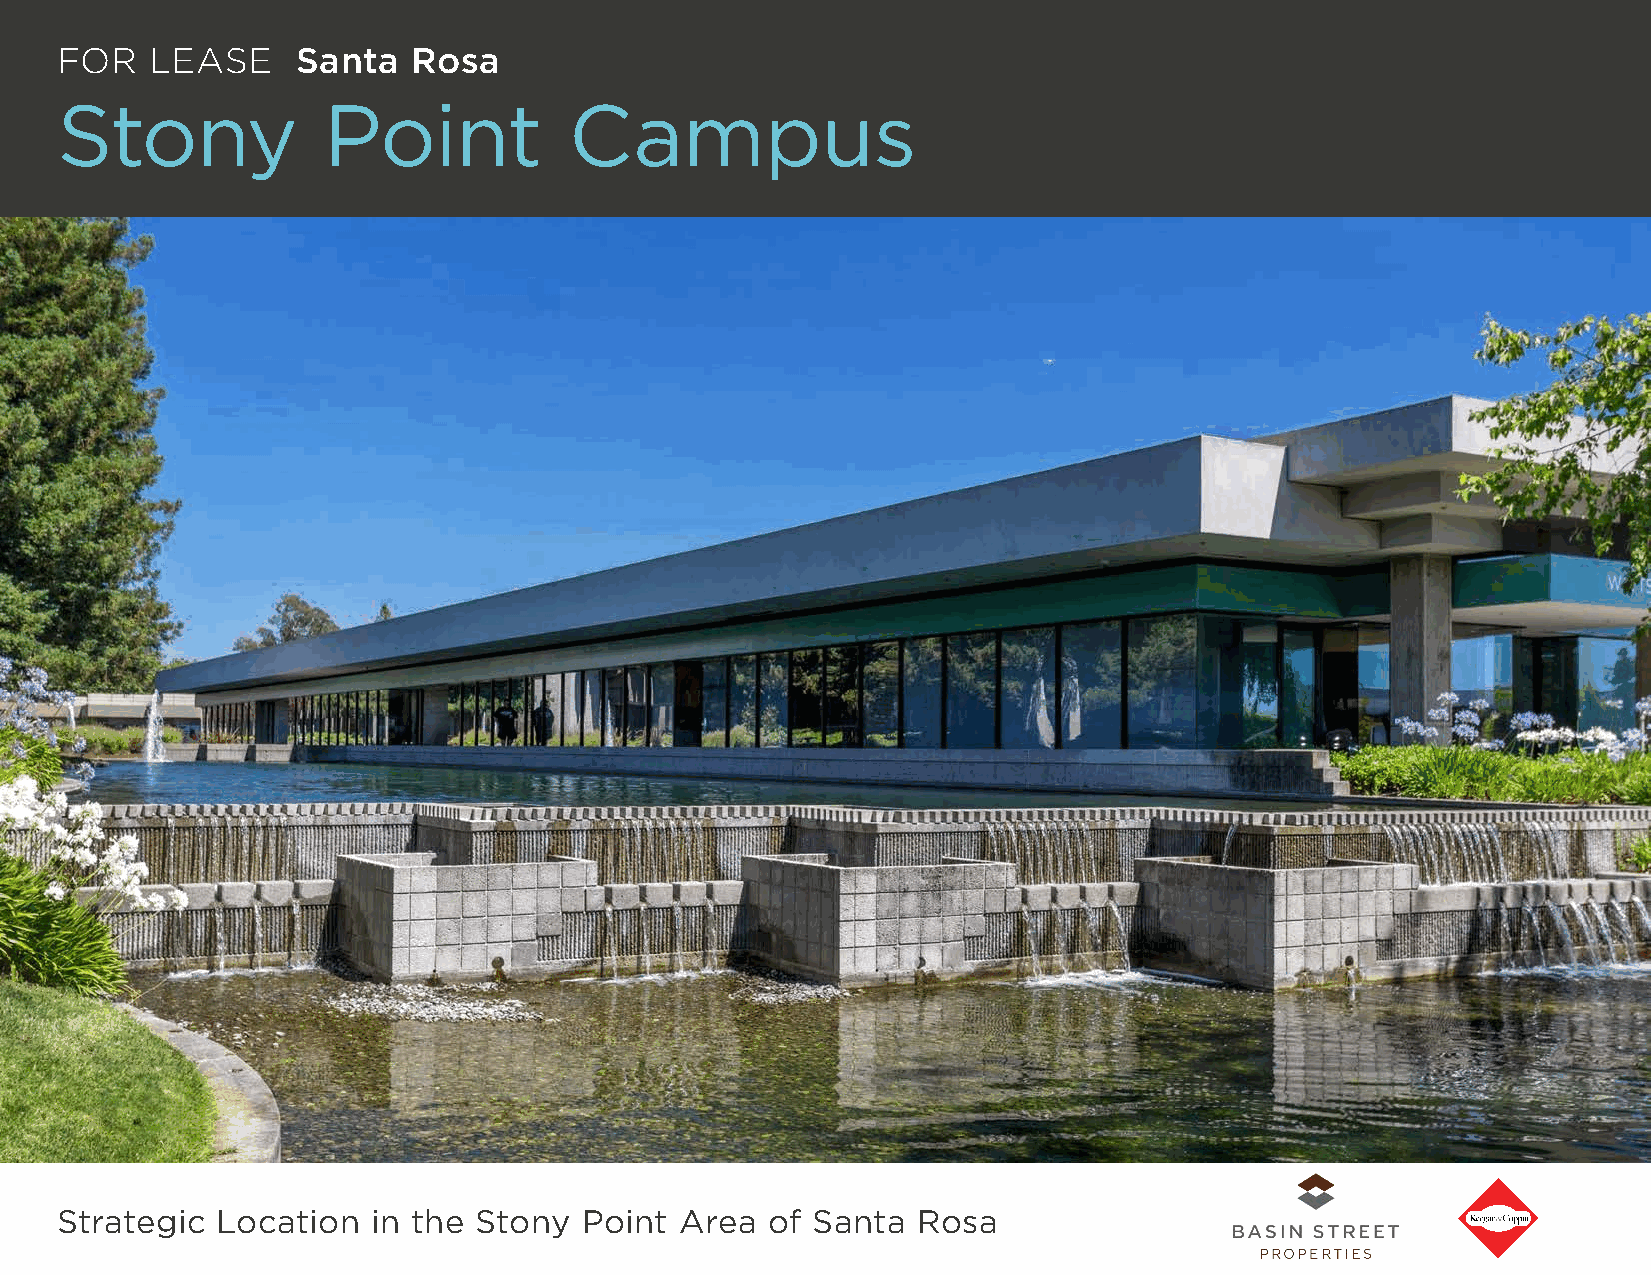
FOR   LEASE     Santa  Rosa
 Stony            Point            Campus
 Strategic Location   in the Stony Point  Area  of Santa  Rosa